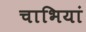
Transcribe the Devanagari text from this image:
चाभियां